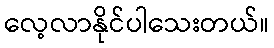
လေ့လာနိုင်ပါသေးတယ်။